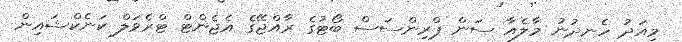
މިއަދު ހެނދުނު މާލެއާ ސަން ޕްރިންސަސް ބޯޓުގެ ރާއްޖޭގެ އެޖެންޓް ޓްރެވަލް ކަނެކްޝައިން